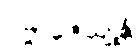
ပဗ္ဗာဇေယျုန္တိ